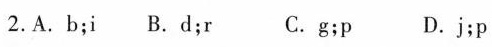
2.A.B;i B.D;r C.g;p D.j;p